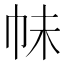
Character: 𭘕